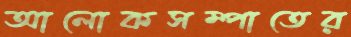
আলোকসম্পাতের